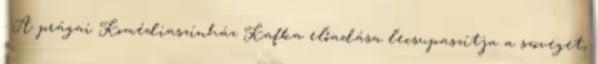
. A prágai Komédiaszínház Kafka előadása lecsupaszítja a szöveget,